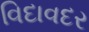
વિદાવદર